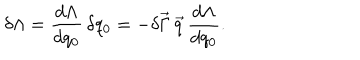
LaTeX: \delta \Lambda = \frac { d \Lambda } { d q _ { 0 } } \, \delta q _ { 0 } = - \delta \vec { \Gamma } \, \vec { q } \, \frac { d \Lambda } { d q _ { 0 } } .